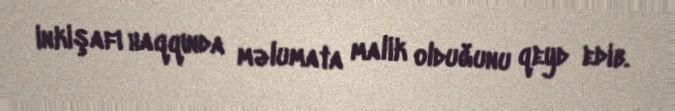
inkişafı haqqında məlumata malik olduğunu qeyd edib.